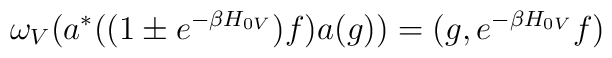
\omega _{V}(a^{*}((1\pm e^{-\beta H_{0V}})f)a(g))=(g,e^{-\beta H_{0V}}f)